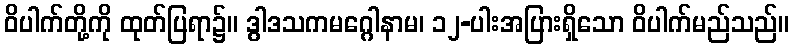
ဝိပါက်တို့ကို ထုတ်ပြရာ၌။ ဒွါဒသကမဂ္ဂေါနာမ၊ ၁၂-ပါးအပြားရှိသော ဝိပါက်မည်သည်။